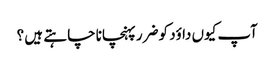
آپ کیوں داؤد کو ضرر پہنچانا چا ہتے ہیں ؟